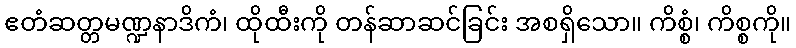
ဧတံဆတ္တမဏ္ဍနာဒိကံ၊ ထိုထီးကို တန်ဆာဆင်ခြင်း အစရှိသော။ ကိစ္စံ၊ ကိစ္စကို။